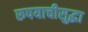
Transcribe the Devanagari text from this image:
रुपयाचीसुद्धा